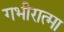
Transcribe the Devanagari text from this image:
गभीरात्मा